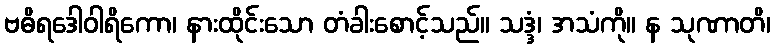
ဗဓိရဒေါဝါရိကော၊ နားထိုင်းသော တံခါးစောင့်သည်။ သဒ္ဒံ၊ အသံကို။ န သုဏာတိ၊